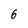
Character: 6